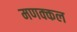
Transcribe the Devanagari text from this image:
मणक्कल